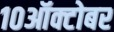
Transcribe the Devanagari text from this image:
१०ऑक्टोबर